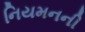
નિયમનની